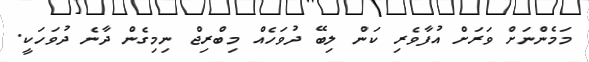
މަމެންނަށް ވަރަށް އުފާވެރި ކަން ލިބޭ ދުވަހެއް މިބްރިޖް ނިމިގެން ދާނެ ދުވަހަކީ.